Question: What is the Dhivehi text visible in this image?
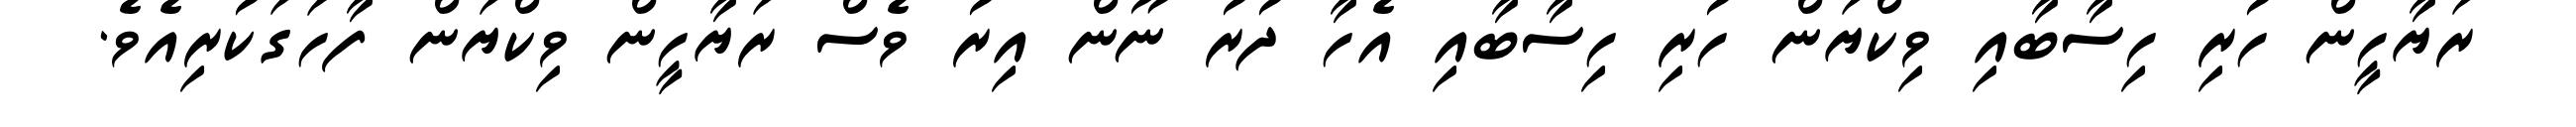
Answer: ރަޔާހީން ހުރި ހިސާބާއި ވިކްޔަން ހުރި ހިސާބާއި އެހާ ދުރު ނޫން އިރު ވެސް ރަޔާހީން ވިކްޔަން ފާހަގަކުރިއެވެ.